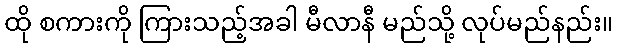
ထို စကားကို ကြားသည့်အခါ မီလာနီ မည်သို့ လုပ်မည်နည်း။